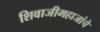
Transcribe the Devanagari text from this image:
शिवाजीमहाजांचे